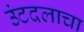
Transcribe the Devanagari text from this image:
उंटदलाचा